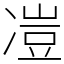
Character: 凒